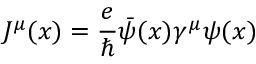
J ^ { \mu } ( x ) = { \frac { e } { \hbar } } { \bar { \psi } } ( x ) \gamma ^ { \mu } \psi ( x )